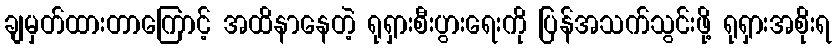
ချမှတ်ထားတာကြောင့် အထိနာနေတဲ့ ရုရှားစီးပွားရေးကို ပြန်အသက်သွင်းဖို့ ရုရှားအစိုးရ